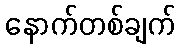
နောက်တစ်ချက်